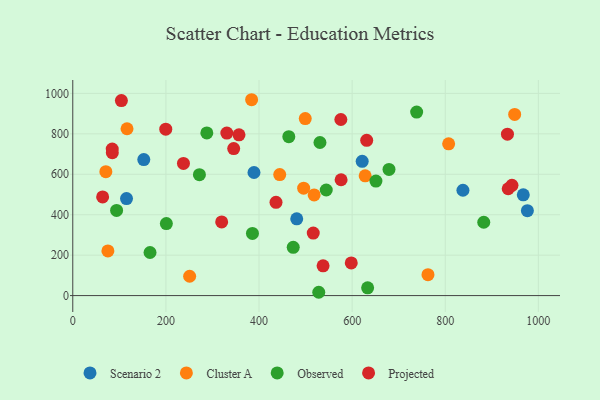
{"axis": {"x": "Speed", "y": "Rating"}, "legend": ["Cluster A", "Observed", "Projected", "Scenario 2"], "data": [{"x": "621.6", "y": 664.2, "type": "Scenario 2"}, {"x": "481.0", "y": 379.5, "type": "Scenario 2"}, {"x": "115.4", "y": 479.7, "type": "Scenario 2"}, {"x": "967.6", "y": 498.4, "type": "Scenario 2"}, {"x": "976.4", "y": 419.9, "type": "Scenario 2"}, {"x": "838.0", "y": 521.0, "type": "Scenario 2"}, {"x": "152.5", "y": 672.8, "type": "Scenario 2"}, {"x": "389.2", "y": 608.8, "type": "Scenario 2"}, {"x": "384.1", "y": 968.8, "type": "Cluster A"}, {"x": "518.4", "y": 497.9, "type": "Cluster A"}, {"x": "628.0", "y": 592.4, "type": "Cluster A"}, {"x": "499.3", "y": 875.8, "type": "Cluster A"}, {"x": "762.9", "y": 103.3, "type": "Cluster A"}, {"x": "495.9", "y": 531.1, "type": "Cluster A"}, {"x": "116.5", "y": 825.2, "type": "Cluster A"}, {"x": "949.1", "y": 895.9, "type": "Cluster A"}, {"x": "251.0", "y": 95.7, "type": "Cluster A"}, {"x": "807.3", "y": 750.9, "type": "Cluster A"}, {"x": "71.0", "y": 612.9, "type": "Cluster A"}, {"x": "444.5", "y": 598.7, "type": "Cluster A"}, {"x": "75.4", "y": 220.9, "type": "Cluster A"}, {"x": "544.4", "y": 522.3, "type": "Observed"}, {"x": "287.9", "y": 804.5, "type": "Observed"}, {"x": "530.9", "y": 757.3, "type": "Observed"}, {"x": "464.0", "y": 786.2, "type": "Observed"}, {"x": "738.6", "y": 907.7, "type": "Observed"}, {"x": "165.9", "y": 213.2, "type": "Observed"}, {"x": "679.2", "y": 624.2, "type": "Observed"}, {"x": "651.1", "y": 566.6, "type": "Observed"}, {"x": "633.3", "y": 38.4, "type": "Observed"}, {"x": "385.9", "y": 307.4, "type": "Observed"}, {"x": "272.0", "y": 597.9, "type": "Observed"}, {"x": "201.0", "y": 356.4, "type": "Observed"}, {"x": "473.5", "y": 238.8, "type": "Observed"}, {"x": "94.1", "y": 421.4, "type": "Observed"}, {"x": "528.3", "y": 16.4, "type": "Observed"}, {"x": "882.7", "y": 362.7, "type": "Observed"}, {"x": "357.0", "y": 795.0, "type": "Projected"}, {"x": "943.3", "y": 545.5, "type": "Projected"}, {"x": "575.8", "y": 871.0, "type": "Projected"}, {"x": "598.1", "y": 161.7, "type": "Projected"}, {"x": "104.4", "y": 964.6, "type": "Projected"}, {"x": "199.7", "y": 823.0, "type": "Projected"}, {"x": "576.3", "y": 573.0, "type": "Projected"}, {"x": "330.9", "y": 804.0, "type": "Projected"}, {"x": "516.5", "y": 309.4, "type": "Projected"}, {"x": "237.7", "y": 653.6, "type": "Projected"}, {"x": "84.7", "y": 724.6, "type": "Projected"}, {"x": "84.9", "y": 706.8, "type": "Projected"}, {"x": "64.1", "y": 488.2, "type": "Projected"}, {"x": "935.2", "y": 528.5, "type": "Projected"}, {"x": "631.3", "y": 768.2, "type": "Projected"}, {"x": "345.6", "y": 727.1, "type": "Projected"}, {"x": "933.6", "y": 798.6, "type": "Projected"}, {"x": "319.8", "y": 364.4, "type": "Projected"}, {"x": "436.5", "y": 461.4, "type": "Projected"}, {"x": "537.6", "y": 147.4, "type": "Projected"}]}